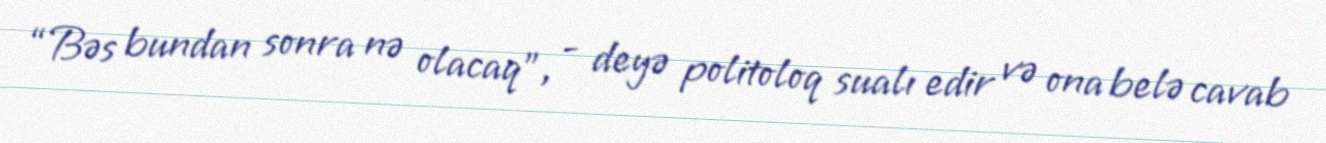
“Bəs bundan sonra nə olacaq”, - deyə politoloq sualı edir və ona belə cavab